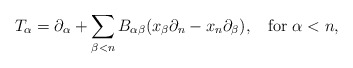
\begin{align*}T_\alpha = \partial_{\alpha} + \sum_{\beta < n} B_{\alpha \beta} (x_{\beta}\partial_{n}-x_{n}\partial_{\beta}), \;\; \mbox{ for } \alpha < n,\end{align*}